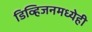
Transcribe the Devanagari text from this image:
डिव्हिजनमध्येही